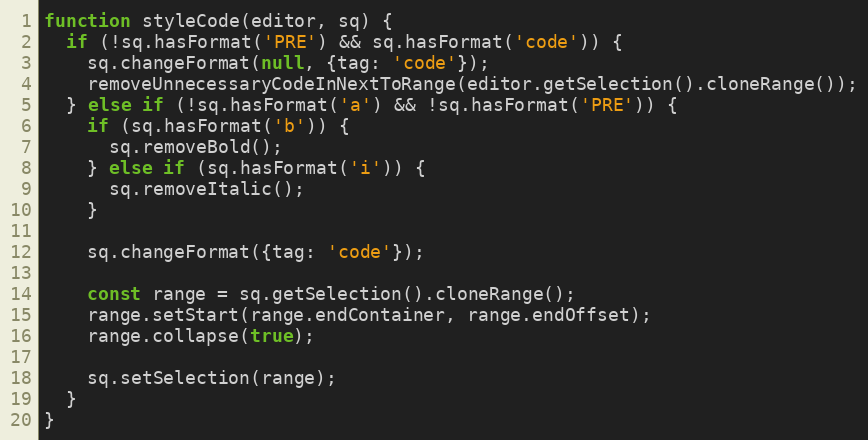
Language: JavaScript
function styleCode(editor, sq) {
  if (!sq.hasFormat('PRE') && sq.hasFormat('code')) {
    sq.changeFormat(null, {tag: 'code'});
    removeUnnecessaryCodeInNextToRange(editor.getSelection().cloneRange());
  } else if (!sq.hasFormat('a') && !sq.hasFormat('PRE')) {
    if (sq.hasFormat('b')) {
      sq.removeBold();
    } else if (sq.hasFormat('i')) {
      sq.removeItalic();
    }

    sq.changeFormat({tag: 'code'});

    const range = sq.getSelection().cloneRange();
    range.setStart(range.endContainer, range.endOffset);
    range.collapse(true);

    sq.setSelection(range);
  }
}